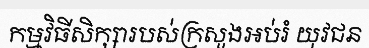
កម្មវិធីសិក្សារបស់ក្រសួងអប់រំ យុវជន